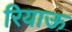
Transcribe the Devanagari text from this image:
रियाऊ